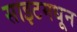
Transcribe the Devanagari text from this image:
साइटमधून